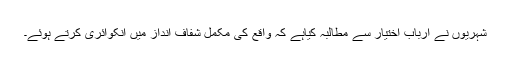
شہریوں نے ارباب اختیار سے مطالبہ کیاہے کہ واقع کی مکمل شفاف انداز میں انکوائری کرتے ہوئے۔